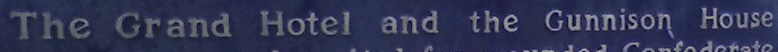
The Grand Hotel and the Gunnison House